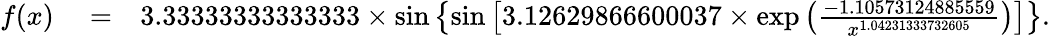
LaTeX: \begin{array}{rlr}{f(x)}&{{}=}&{3.33333333333333\times\sin\left\{ \sin\left[3.12629866600037\times\exp\left(\frac{-1.10573124885559}{x^{1.04231333732605}}\right)\right]\right\} .}\end{array}